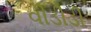
વીડીડી